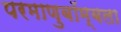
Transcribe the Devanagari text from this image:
परमाणुबॉम्बला